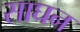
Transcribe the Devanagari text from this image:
साघन